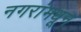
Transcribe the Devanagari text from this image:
नगरांमधून